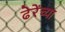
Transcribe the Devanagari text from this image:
ढेरेंच्या